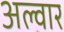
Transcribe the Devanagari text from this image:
अल्वार